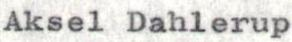
Aksel Dahlerup